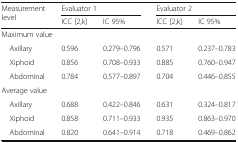
| <ROWSPAN=2> Measurement level | <COLSPAN=2> Evaluator 1 | <COLSPAN=2> Evaluator 2 |
 | ICC [2,k] | IC 95% | ICC [2,k] | IC 95% |
 | --- | --- | --- | --- | --- |
 | <COLSPAN=5> Maximum value |
 | Axillary | 0.596 | 0.279–0.796 | 0.571 | 0.237–0.783 |
 | Xiphoid | 0.856 | 0.708–0.933 | 0.885 | 0.760–0.947 |
 | Abdominal | 0.784 | 0.577–0.897 | 0.704 | 0.446–0.855 |
 | <COLSPAN=5> Average value |
 | Axillary | 0.688 | 0.422–0.846 | 0.631 | 0.324–0.817 |
 | Xiphoid | 0.858 | 0.711–0.933 | 0.935 | 0.863–0.970 |
 | Abdominal | 0.820 | 0.641–0.914 | 0.718 | 0.469–0.862 |